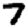
Digit: 7